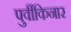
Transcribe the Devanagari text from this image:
पुर्वीकिनार